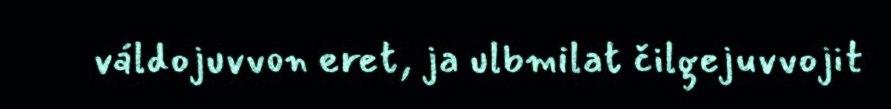
váldojuvvon eret, ja ulbmilat čilgejuvvojit